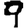
Digit: 9